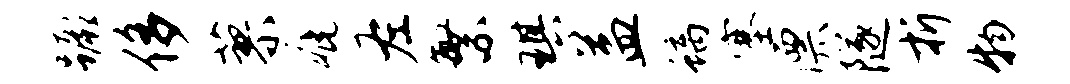
蹶侈蓼疵左繁琪益螭塞漂隧折物